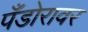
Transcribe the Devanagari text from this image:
पँडोरावर